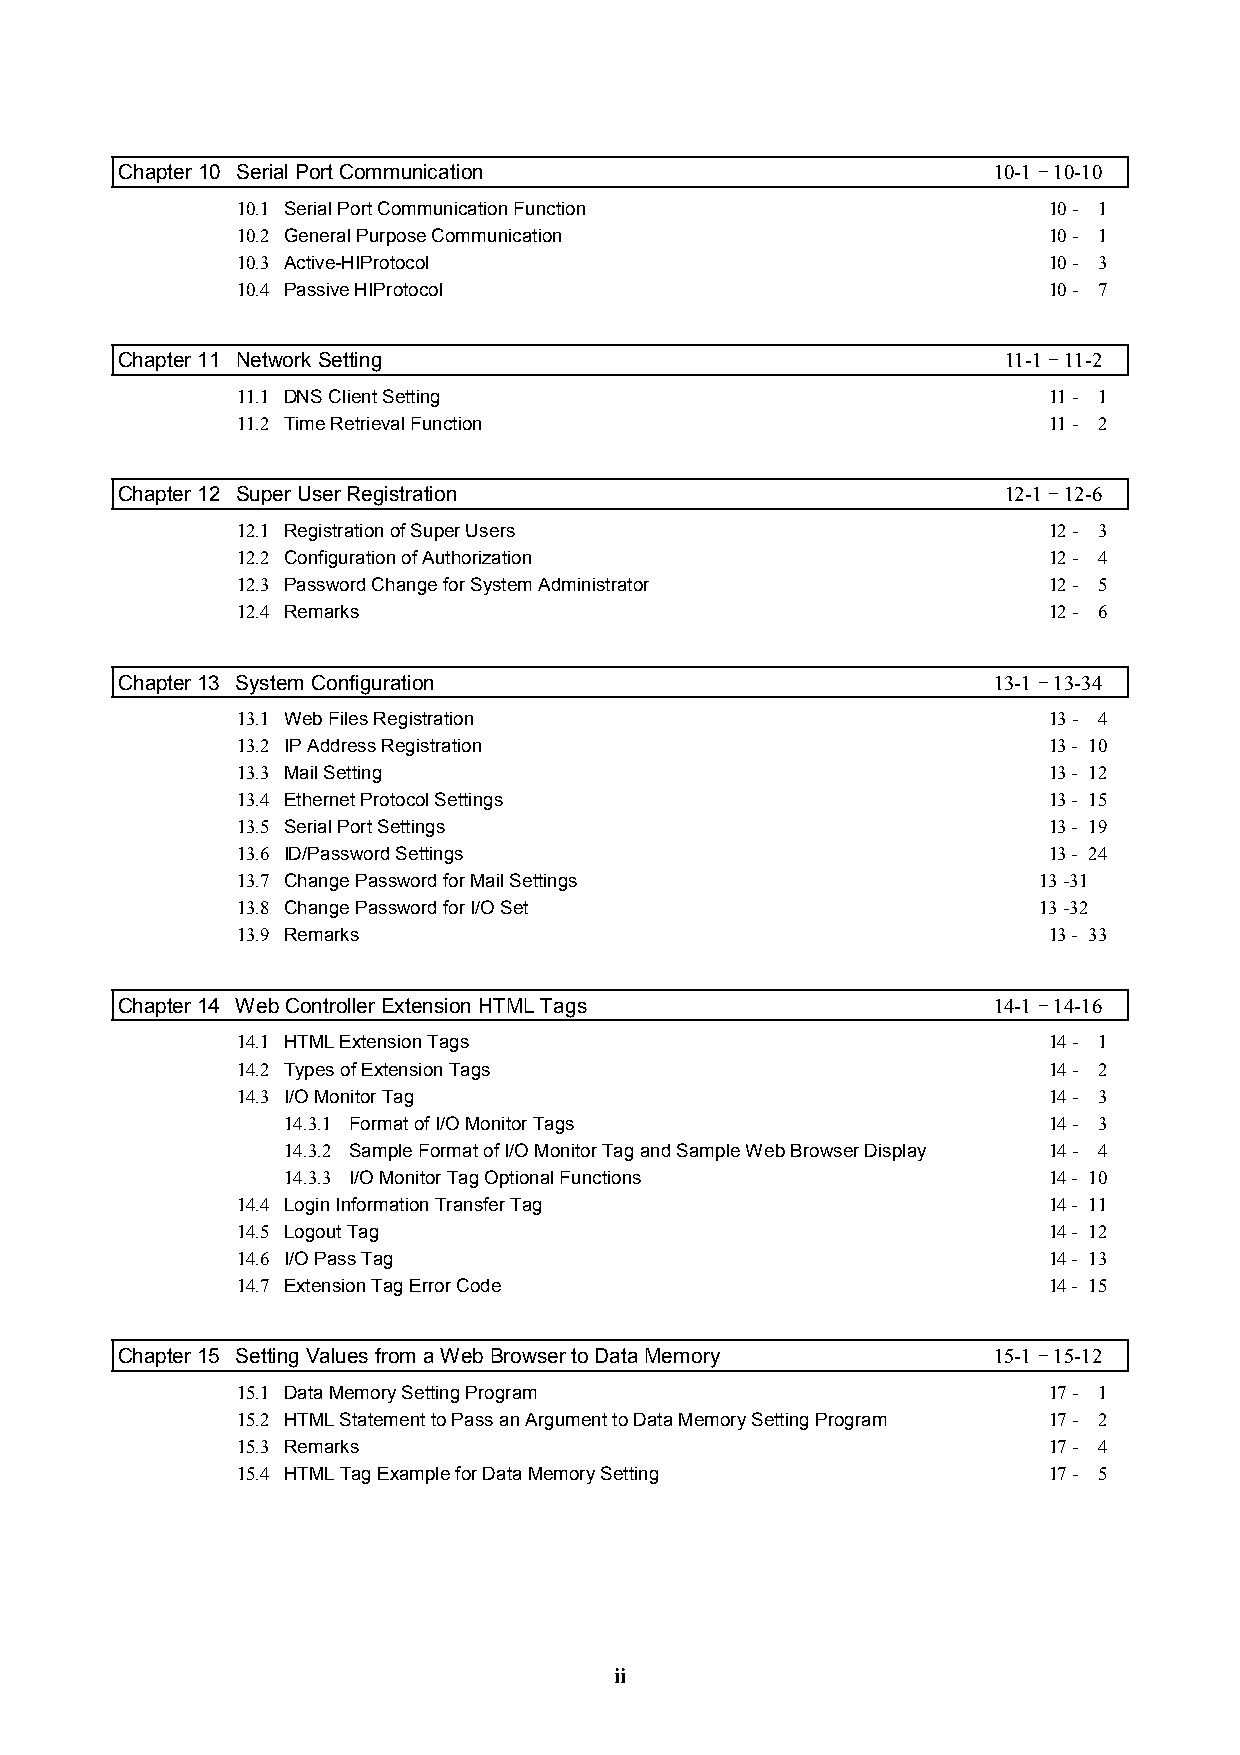
Chapter 10 Serial Port Communication                      10-1 - 10-10
 10.1 Serial Port Communication Function              10 - 1
 10.2 General Purpose Communication                   10 - 1
 10.3 Active-HIProtocol                               10 - 3
 10.4 Passive HIProtocol                              10 - 7
 Chapter 11 Network Setting                                11-1 - 11-2
 11.1 DNS Client Setting                              11 - 1
 11.2 Time Retrieval Function                         11 - 2
 Chapter 12 Super User Registration                        12-1 - 12-6
 12.1 Registration of Super Users                     12 - 3
 12.2 Configuration of Authorization                  12 - 4
 12.3 Password Change for System Administrator        12 - 5
 12.4 Remarks                                         12 - 6
 Chapter 13 System Configuration                           13-1 - 13-34
 13.1 Web Files Registration                          13 - 4
 13.2 IP Address Registration                         13 - 10
 13.3 Mail Setting                                    13 - 12
 13.4 Ethernet Protocol Settings                      13 - 15
 13.5 Serial Port Settings                            13 - 19
 13.6 ID/Password Settings                            13 - 24
 13.7 Change Password for Mail Settings               13 -31
 13.8 Change Password for I/O Set                     13 -32
 13.9 Remarks                                         13 - 33
 Chapter 14 Web Controller Extension HTML Tags             14-1 - 14-16
 14.1 HTML Extension Tags                             14 - 1
 14.2 Types of Extension Tags                         14 - 2
 14.3 I/O Monitor Tag                                 14 - 3
 14.3.1 Format of I/O Monitor Tags                 14 - 3
 14.3.2 Sample Format of I/O Monitor Tag and Sample Web Browser Display 14 - 4
 14.3.3 I/O Monitor Tag Optional Functions         14 - 10
 14.4 Login Information Transfer Tag                  14 - 11
 14.5 Logout Tag                                      14 - 12
 14.6 I/O Pass Tag                                    14 - 13
 14.7 Extension Tag Error Code                        14 - 15
 Chapter 15 Setting Values from a Web Browser to Data Memory 15-1 - 15-12
 15.1 Data Memory Setting Program                     17 - 1
 15.2 HTML Statement to Pass an Argument to Data Memory Setting Program 17 - 2
 15.3 Remarks                                         17 - 4
 15.4 HTML Tag Example for Data Memory Setting        17 - 5
 ii